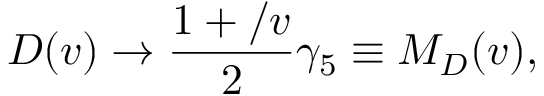
D ( v ) \to \frac { 1 + \slash { v } } { 2 } \gamma _ { 5 } \equiv M _ { D } ( v ) ,